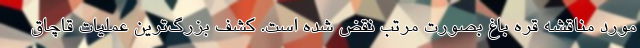
مورد مناقشه قره باغ بصورت مرتب نقض شده است. کشف بزرگ‌ترین عملیات قاچاق